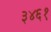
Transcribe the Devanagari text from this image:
३४६१